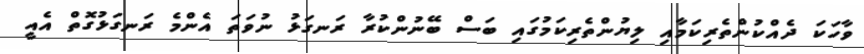
ވާހަކަ ދެއްކުންތެރިކަމާއި ލިޔުންތެރިކަމުގައި ބަސް ބޭނުންކުރާ ރަނގަޅު ނުވަތަ އެންމެ ރަނގަޅުގޮތް އެއީ